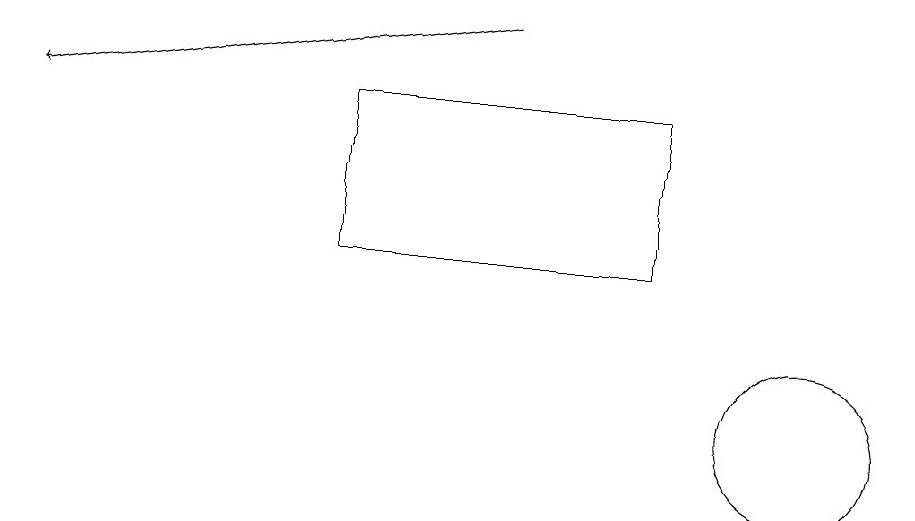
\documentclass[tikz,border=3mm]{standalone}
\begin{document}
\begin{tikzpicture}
\draw[->] (6,17) -- (0,16);
\draw (10,12) circle (1);
\draw (4,14) rectangle (8,16);
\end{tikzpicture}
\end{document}